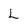
Character: L